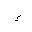
Letter: _hamza